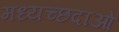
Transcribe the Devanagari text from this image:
मध्यच्छदाओं